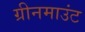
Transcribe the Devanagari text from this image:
ग्रीनमाउंट